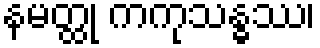
နမတ္ထု ကကုသန္ဓဿ၊